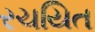
રચયિત